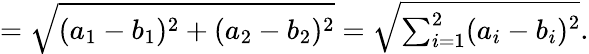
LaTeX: ={\sqrt{(a_{1}-b_{1})^{2}+(a_{2}-b_{2})^{2}}}={\sqrt{\textstyle\sum_{i=1}^{2}(a_{i}-b_{i})^{2}}}.